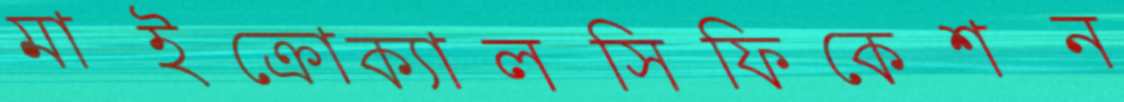
মাইক্রোক্যালসিফিকেশন